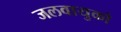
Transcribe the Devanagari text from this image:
जलवायुको